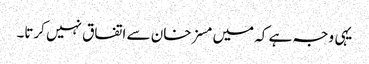
یہی وجہ ہے کہ میں مسز خان سے اتفاق نہیں کرتا۔